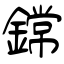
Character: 鏛